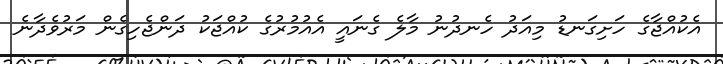
އެކުއްޖާގެ ހަށިގަނޑު މިއަދު ހެނދުނު މާލެ ގެނައީ އެއުމުރުގެ ކުއްޖަކު ދަންޖެހިގެން މަރުވެދާނެ